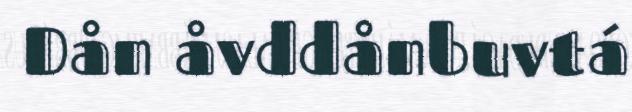
Dån åvddånbuvtá